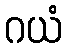
ဂယံ